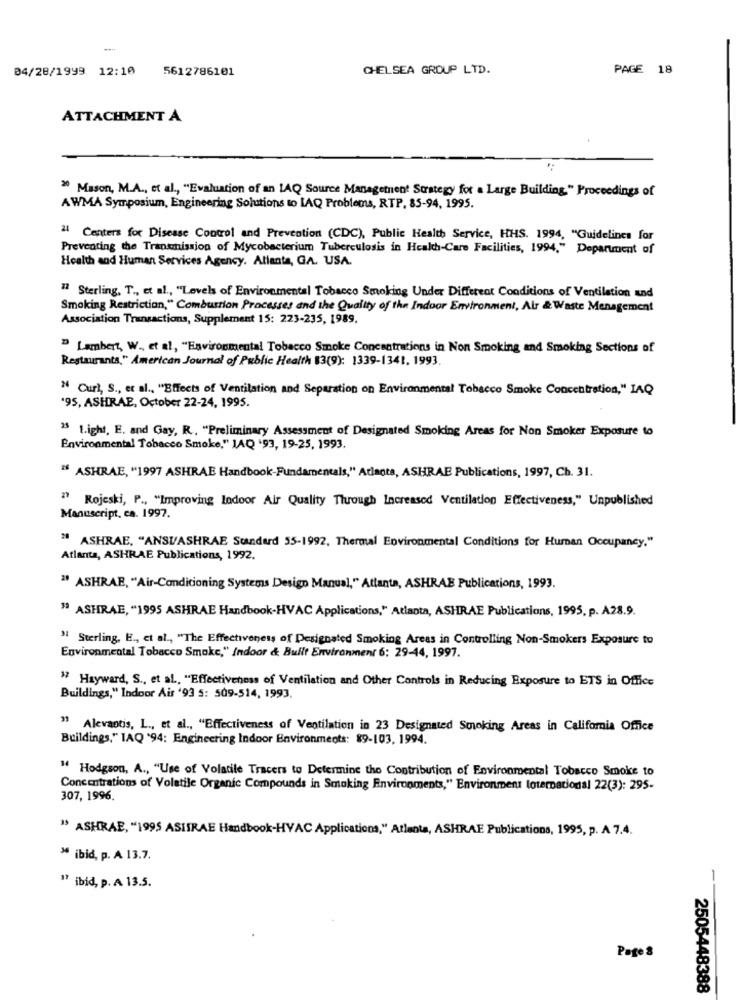
04/28/1999 12:10
5612786101
CHELSEA GROUP LTD.
PAGE 18
ATTACHMENT A
20 Mason, M.A ., et al ., "Evaluation of an LAQ Source Management Strategy for a Large Building." Proceedings of
AWMA Symposium, Engineering Solutions to LAQ Problems, RTP, 85-94, 1995.
21 Centers for Disease Control and Prevention (CDC), Public Health Service, HHS. 1994, "Guidelines for
Preventing the Transmission of Mycobacterium Tuberculosis in Health-Care Facilities, 1994," Department of
Health and Human Services Agency. Atlanta, GA. USA.
77 Sterling, T ., et al ., "Levels of Environmental Tobacco Smoking Under Different Conditions of Ventilation and
Smoking Restriction," Combustion Processes and the Quality of the Indoor Environment, Air & Waste Management
Association Transactions, Supplement 15: 223-235, 1989,
" Lambert, W ., et al, "Environmental Tobacco Smoke Concentrations in Non Smoking and Smoking Sections of
Restaurants," American Journal of Public Health 83(9): 1339-1341, 1993.
" Curl, S ., et al ., "Effects of Ventilation and Separation on Environmental Tobacco Smoke Concentration," IAQ
'95, ASHRAE, October 22-24, 1995.
25 1.ight. E. and Gay, R .. "Preliminary Assessment of Designated Smoking Areas for Non Smoker Exposure to
Environmental Tobacco Smoke," JAQ '93, 19-25, 1993.
" ASHRAE, "1997 ASHRAE Handbook-Fundamentals," Atlanta, ASHRAE Publications, 1997, Ch. 31.
" Rojeski, P ., "Improving lodoor Air Quality Through Increased Ventilation Effectiveness," Unpublished
Manuscript, ca. 1997.
" ASHRAE, "ANSUASHRAE Standard 55-1992, Thermal Environmental Conditions for Human Occupancy."
Atlanta, ASHRAE Publications, 1992.
" ASHRAE, "Air-Conditioning Systems Design Manual," Atlanta, ASHRAE Publications, 1993.
" ASHRAE, "1995 ASHRAE Handbook-HVAC Applications," Atlanta, ASHRAE Publications, 1995, p. A28.9.
" Sterling, E ., et al ., "The Effectiveness of Designated Smoking Areas in Controlling Non-Smokers Exposure to
Environmental Tobacco Smoke," Indoor & Built Environment 6: 29-44, 1997.
17 Hayward, S ., et al ., "Effectiveness of Ventilation and Other Controls in Reducing Exposure to ETS in Office
Buildings," Indoor Air '93 5: 509-514, 1993.
" Alevantis, L ., et al ., "Effectiveness of Ventilation in 23 Designated Smoking Areas in California Office
Buildings," IAQ '94: Engineering Indoor Environments: 89-103, 1994.
" Hodgson, A ., "Use of Volatile Tracers to Determine the Contribution of Environmental Tobacco Smoke to
Concentrations of Volatile Organic Compounds in Smoking Environments," Environment loternacional 22(3): 295.
307, 1996.
" ASHRAE, "1995 ASITRAE Handbook-HYAC Applications," Atlanta, ASHRAE Publications, 1995, p. A 7.4.
" ibid, p. A 13.7.
" ibid, p. A 13.5.
Page &
2505448388